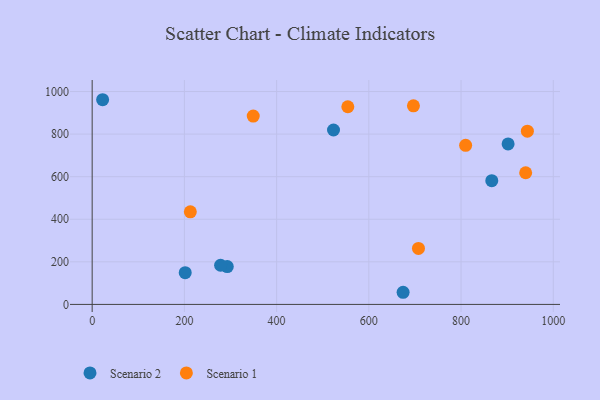
{"axis": {"x": "Speed", "y": "Demand"}, "legend": ["Scenario 1", "Scenario 2"], "data": [{"x": "201.8", "y": 148.9, "type": "Scenario 2"}, {"x": "22.7", "y": 961.5, "type": "Scenario 2"}, {"x": "293.0", "y": 177.5, "type": "Scenario 2"}, {"x": "866.6", "y": 581.3, "type": "Scenario 2"}, {"x": "902.0", "y": 753.9, "type": "Scenario 2"}, {"x": "278.5", "y": 183.9, "type": "Scenario 2"}, {"x": "674.3", "y": 57.0, "type": "Scenario 2"}, {"x": "523.4", "y": 819.4, "type": "Scenario 2"}, {"x": "943.8", "y": 813.7, "type": "Scenario 1"}, {"x": "212.9", "y": 434.8, "type": "Scenario 1"}, {"x": "940.1", "y": 618.5, "type": "Scenario 1"}, {"x": "707.6", "y": 263.2, "type": "Scenario 1"}, {"x": "696.7", "y": 933.0, "type": "Scenario 1"}, {"x": "349.3", "y": 884.8, "type": "Scenario 1"}, {"x": "554.4", "y": 928.6, "type": "Scenario 1"}, {"x": "809.9", "y": 747.3, "type": "Scenario 1"}]}